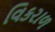
વિકરાળ